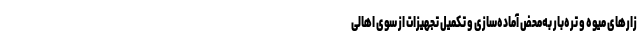
زارهای میوه و تره‌بار به‌محض آماده‌سازی و تکمیل تجهیزات از سوی اهالی